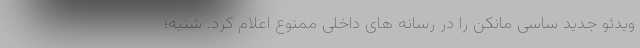
ویدئو جدید ساسی مانکن را در رسانه های داخلی ممنوع اعلام کرد. شنبه؛